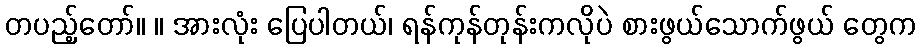
တပည့်တော်။ ။ အားလုံး ပြေပါတယ်၊ ရန်ကုန်တုန်းကလိုပဲ စားဖွယ်သောက်ဖွယ် တွေက